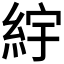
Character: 𬗒